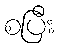
စပြီး